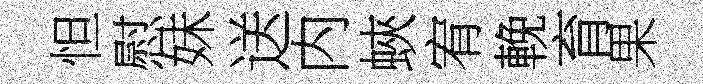
怛慰妹送内蛺宥輓育果